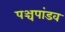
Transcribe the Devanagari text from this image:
पञ्चपांडव